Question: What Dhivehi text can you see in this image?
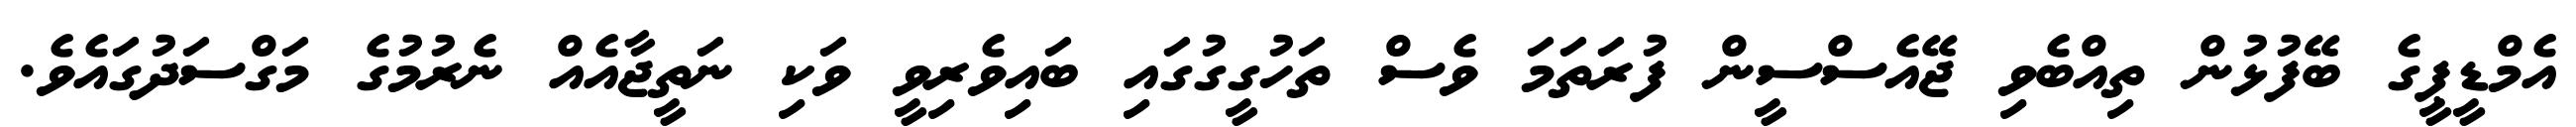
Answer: އެމްޑީޕީގެ ބޭފުޅުން ތިއްބެވި ޖޭއެސްސީން ފުރަތަމަ ވެސް ތަހުގީގުގައި ބައިވެރިވީ ވަކި ނަތީޖާއެއް ނެރުމުގެ މަގްސަދުގައެވެ.